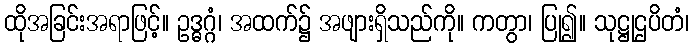
ထိုအခြင်းအရာဖြင့်။ ဥဒ္ဓဂ္ဂံ၊ အထက်၌ အဖျားရှိသည်ကို။ ကတွာ၊ ပြု၍။ သုဋ္ဌုဌပိတံ၊